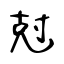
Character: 尅